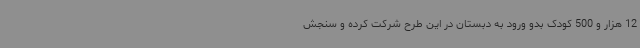
12 هزار و 500 کودک بدو ورود به دبستان در این طرح شرکت کرده و سنجش